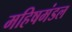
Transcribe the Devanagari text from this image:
महिषमंडल